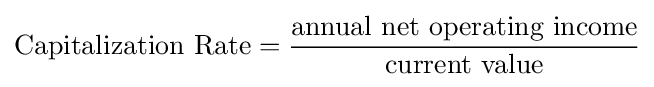
{\mbox{Capitalization Rate}}={\frac {\mbox{annual net operating income}}{\mbox{current value}}}